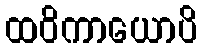
ထဝိကာယောပိ